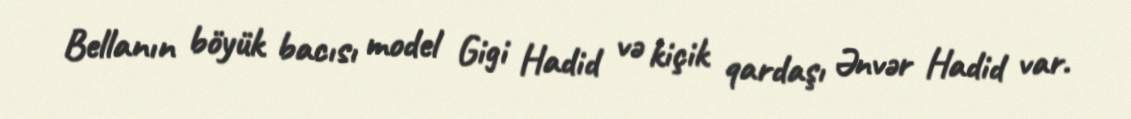
Bellanın böyük bacısı model Gigi Hadid və kiçik qardaşı Ənvər Hadid var.